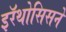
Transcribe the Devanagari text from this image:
इरॅथोसिसने